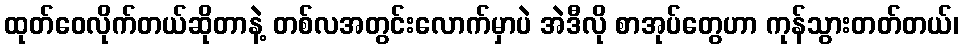
ထုတ်ဝေလိုက်တယ်ဆိုတာနဲ့ တစ်လအတွင်းလောက်မှာပဲ အဲဒီလို စာအုပ်တွေဟာ ကုန်သွားတတ်တယ်၊